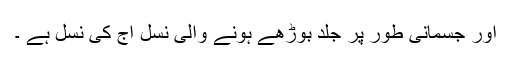
اور جسمانی طور پر جلد بوڑھے ہونے والی نسل آج کی نسل ہے ۔